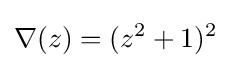
\nabla (z)=(z^{2}+1)^{2}